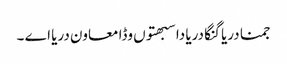
جمنا دریا گنگا دریا دا سبھتوں وڈا معاون دریا اے ۔